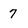
Character: 7